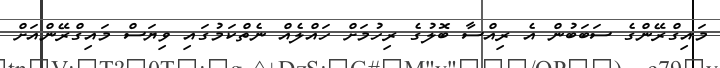
މައިގްރޭންގެ ސަބަބުން އެ ރިއްސާ ބޮލުގެ ރިހުމަށް ހައްލެއް ނެތްކަމުގައި ވިޔަސް މައިގްރޭންއަށް